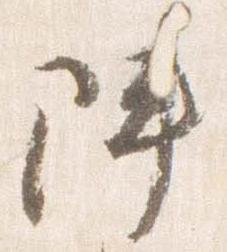
陣